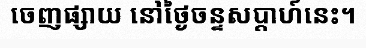
ចេញផ្សាយ នៅថ្ងៃចន្ទសប្តាហ៍នេះ។